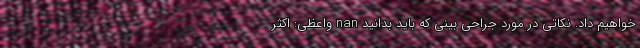
خواهیم داد. نکاتی در مورد جراحی بینی که باید بدانید nan واعظی: اکثر